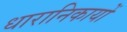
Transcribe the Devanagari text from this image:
धारानिकायों